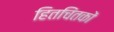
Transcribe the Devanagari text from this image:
हितचिंतकों